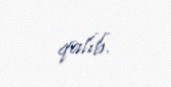
qalıb.